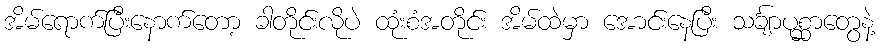
အိမ်ရောက်ပြီးနောက်တော့ ခါတိုင်းလိုပဲ ထုံးစံအတိုင်း အိမ်ထဲမှာ အောင်းနေပြီး သင်္ချာပုစ္ဆာတွေနဲ့